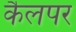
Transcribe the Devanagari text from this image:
कैलपर